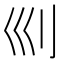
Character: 𠚴